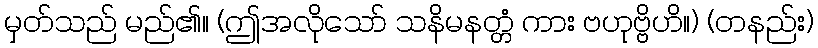
မှတ်သည် မည်၏။ (ဤအလိုသော် သနိမနတ္တံ ကား ဗဟုဗ္ဗိဟိ။) (တနည်း)